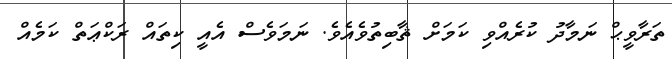
ތަރާވީޙް ނަމާދު ކުރެއްވި ކަމަށް ޘާބިތުވެއެވެ. ނަމަވެސް އެއީ ކިތައް ރަކްޢަތް ކަމެއް